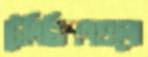
টেলিভিশনগুলো